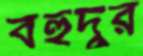
বহুদুর